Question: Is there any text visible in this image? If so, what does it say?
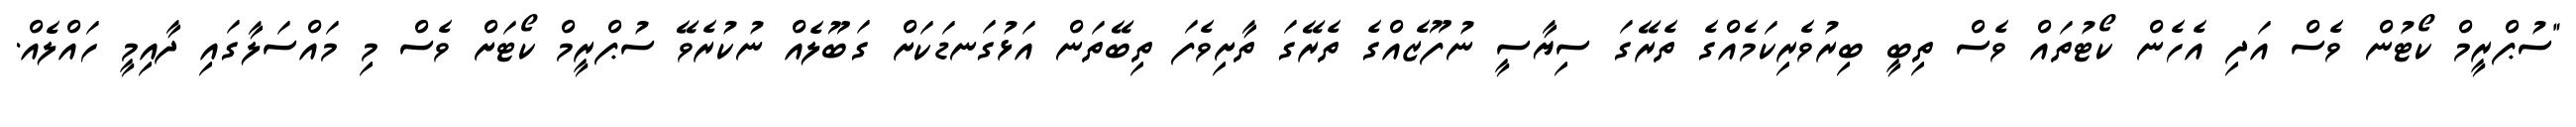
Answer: "ސުޕްރީމް ކޯޓުން ވެސް އަދި އެހެން ކޯޓުތައް ވެސް ތިބީ ބިރުވެރިކަމެއްގެ ތެރޭގަ ސިޔާސީ ނުފޫޒެއްގެ ތެރޭގަ ތާށިވެފަ ތިބޭތަން އަޅުގަނޑަކަށް ގަބޫލެއް ނުކުރެވޭ ސުޕްރީމް ކޯޓަށް ވެސް މި މައްސަލާގައި ދާއިމީ ހައްލެއް.